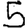
Digit: 5